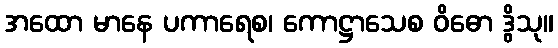
အထော မာနေ ပကာရေစ၊ ကောဋ္ဌာသေစ ဝိဓော ဒွိသု။